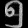
Digit: ၅